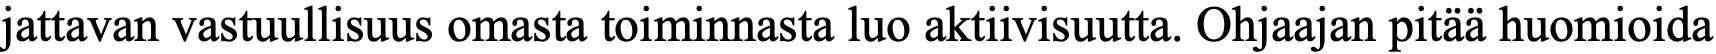
jattavan vastuullisuus omasta toiminnasta luo aktiivisuutta. Ohjaajan pitää huomioida